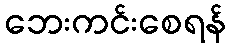
ဘေးကင်းစေရန်